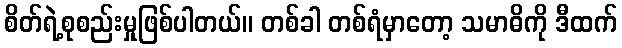
စိတ်ရဲ့စုစည်းမှုဖြစ်ပါတယ်။ တစ်ခါ တစ်ရံမှာတော့ သမာဓိကို ဒီထက်